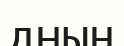
дның